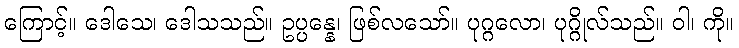
ကြောင့်။ ဒေါသေ၊ ဒေါသသည်။ ဥပ္ပန္နေ၊ ဖြစ်လသော်။ ပုဂ္ဂလော၊ ပုဂ္ဂိုလ်သည်။ ဝါ၊ ကို။